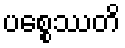
ပစ္စေဿတိ